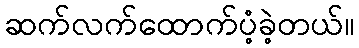
ဆက်လက်ထောက်ပံ့ခဲ့တယ်။